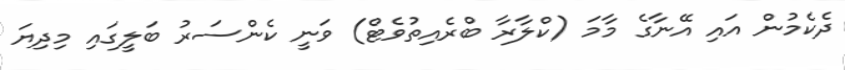
ދެކެމުން އައި އޭނާގެ މާމަ (ކްލާރާ ބްރެއިތުވެޓް) ވަނީ ކެންސަރު ބަލީގައި މިދިޔަ